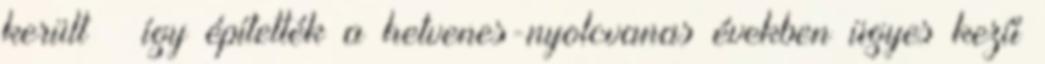
került – így építették a hetvenes-nyolcvanas években ügyes kezű